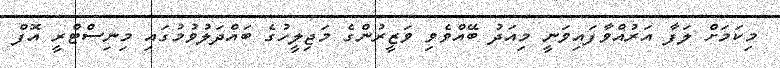
މިކަމަށް ލަފާ އަރުއްވާފައިވަނީ މިއަދު ބޭއްވެވި ވަޒީރުންގެ މަޖިލީހުގެ ބައްދަލުވުމުގައި މިނިސްޓްރީ އޮފް